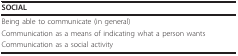
| SOCIAL |
 | --- |
 | Being able to communicate (in general) |
 | Communication as a means of indicating what a person wants |
 | Communication as a social activity |